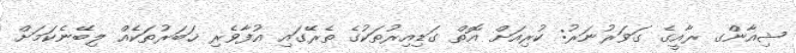
ޝިއާންގ ރާއީގެ ގަވަރުނަރު: ކުރިއަށް އޮތް ގަޑިއިރުތަކުގެ ތެރޭގައި އުފާވެރި ޚަބަރުތަކެއް ލިބޭނެކަމަށް